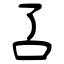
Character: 叾